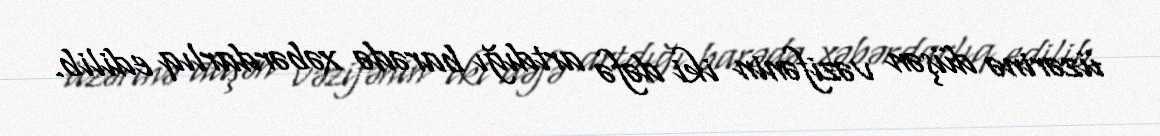
üzərinə düşən vəzifənin iki dəfə artdığı barədə xəbərdarlıq edilib.